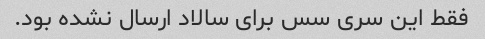
فقط این سری سس برای سالاد ارسال نشده بود.